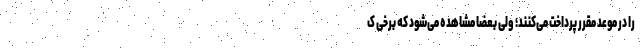
را در موعد مقرر پرداخت می‌کنند؛ ولی بعضاً مشاهده می‌شود که برخی ک